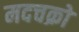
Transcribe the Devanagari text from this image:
मदचक्रो